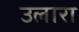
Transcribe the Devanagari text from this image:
उलारा